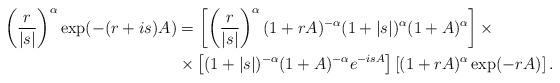
LaTeX: \begin{align*}\left( \frac{r}{|s|}\right)^\alpha \exp(-(r+is)A) & = \left[ \left( \frac{r}{|s|} \right)^\alpha ( 1 + rA )^{-\alpha} ( 1 + |s| )^\alpha (1 + A)^\alpha \right] \times \\&\times \left[ ( 1 + |s| )^{-\alpha} (1 + A)^{-\alpha} e^{-isA} \right] \left[ ( 1 + rA)^\alpha \exp(-rA) \right]. \end{align*}